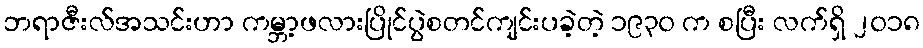
ဘရာဇီးလ်အသင်းဟာ ကမ္ဘာ့ဖလားပြိုင်ပွဲစတင်ကျင်းပခဲ့တဲ့ ၁၉၃၀ က စပြီး လက်ရှိ ၂၀၁၈